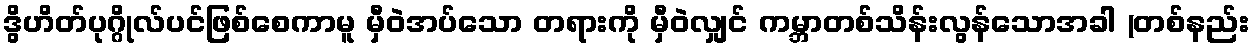
ဒွိဟိတ်ပုဂ္ဂိုလ်ပင်ဖြစ်စေကာမူ မှီဝဲအပ်သော တရားကို မှီဝဲလျှင် ကမ္ဘာတစ်သိန်းလွန်သောအခါ (တစ်နည်း